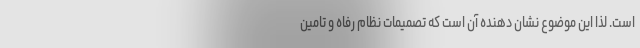
است. لذا این موضوع نشان دهنده آن است که تصمیمات نظام رفاه و تامین